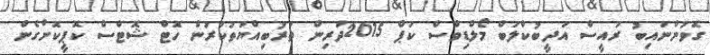
ގޮވުންނައިބު ރައީސް އަދީބުކްލަބް މޯލްޑިވްސް ކަޕް 2015ދަރިން ތަރުބިއްޔަތުކުރުން ހޮޓް ޝޮޓްސް ކޮޕީކޮށްގެން